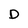
Character: D